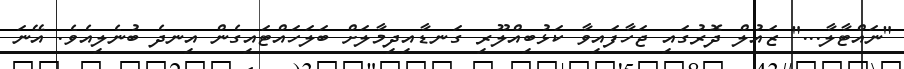
"ނައްޓާލާ..." ޒައުލް ދޮރުގައި ޖަހާފައިވާ ކަޅުބިއްލޫރި ގަނޑާއިދިމާލަށް ބަލަހައްޓައިގެން އިނދެ ބުނެލިއެވެ. އޭނަ